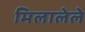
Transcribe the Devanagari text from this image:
मिलालेले